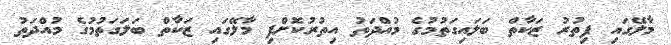
މާލޭގައި ފިތުރު ޒަކާތް ބަލައިގަތުމުގެ މުއްްދަތު އިތުރުކޮށްފި މާލޭގައި ޒަކާތް ބަލަގަތުމުގެ މުއްދަތު